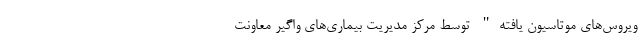
ویروس‌های موتاسیون یافته" توسط مرکز مدیریت بیماری‌های واگیر معاونت